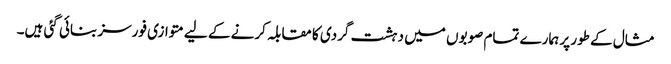
مثال کے طور پر ہمارے تمام صوبوں میں دہشت گردی کا مقابلہ کرنے کے لیے متوازی فورسز بنائی گئی ہیں۔